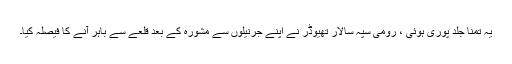
یہ تمنا جلد پوری ہوئی ، رومی سپہ سالار تھیوڈر نے اپنے جرنیلوں سے مشورہ کے بعد قلعے سے باہر آنے کا فیصلہ کیا۔